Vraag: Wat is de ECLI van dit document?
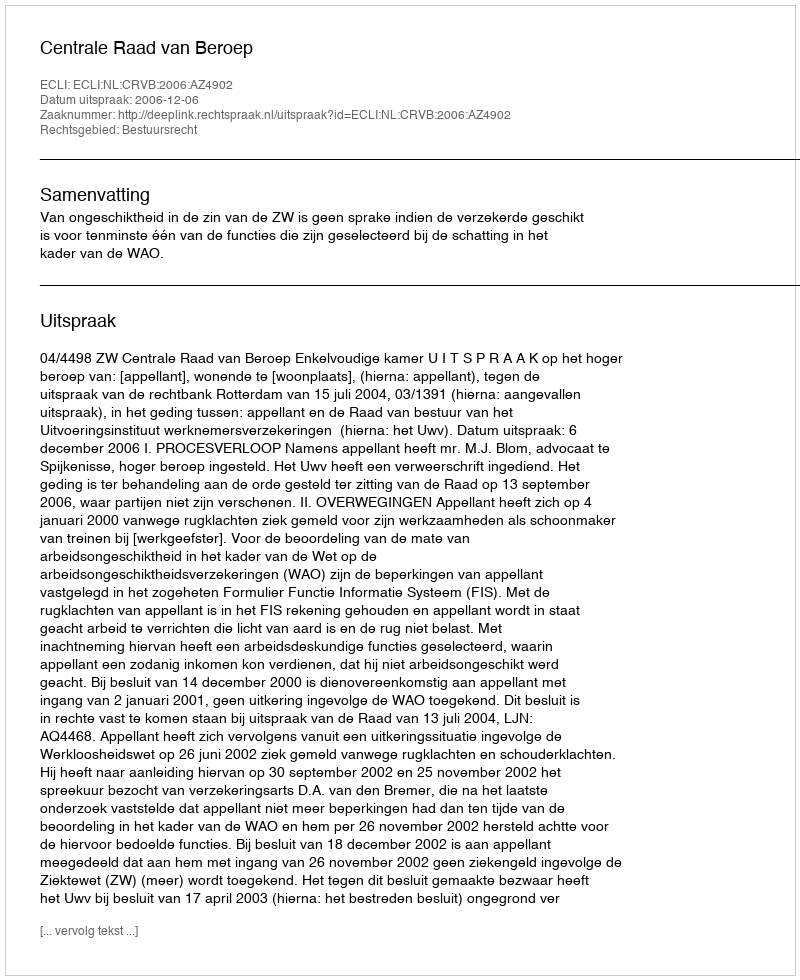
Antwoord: ECLI:NL:CRVB:2006:AZ4902